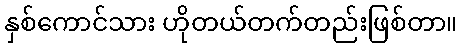
နှစ်ကောင်သား ဟိုတယ်တက်တည်းဖြစ်တာ။